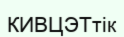
КИВЦЭТтік